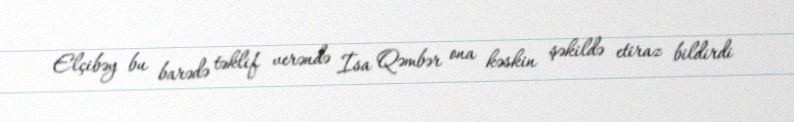
Elçibəy bu barədə təklif verəndə İsa Qəmbər ona kəskin şəkildə etiraz bildirdi